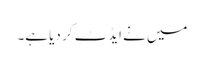
میں نے ایڈٹ کر دیا ہے۔